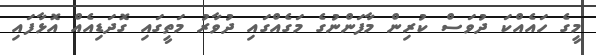
މީގެ ހައެއްކަ ދުވަސް ކުރިން މާފަންނުގެ މަގެއްގައި ދުވާރު މަތީގައި ގޮދަޑިއެއް އޮޅާފައި